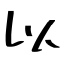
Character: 以